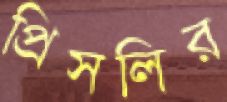
প্রিসলির